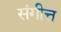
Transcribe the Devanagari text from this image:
संगीत्त